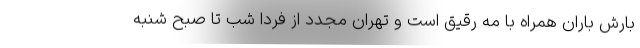
بارش باران همراه با مه رقیق است و تهران مجدد از فردا شب تا صبح شنبه